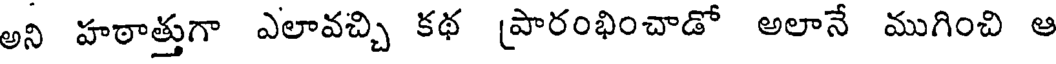
అని హఠాత్తుగా ఎలావచ్చి కథ (పారంభించాడో అలానే ముగించి ఆ